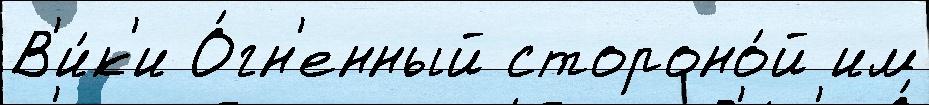
В'и́к'и О́гн'енный стороно́й им